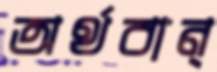
অর্থবান্‌